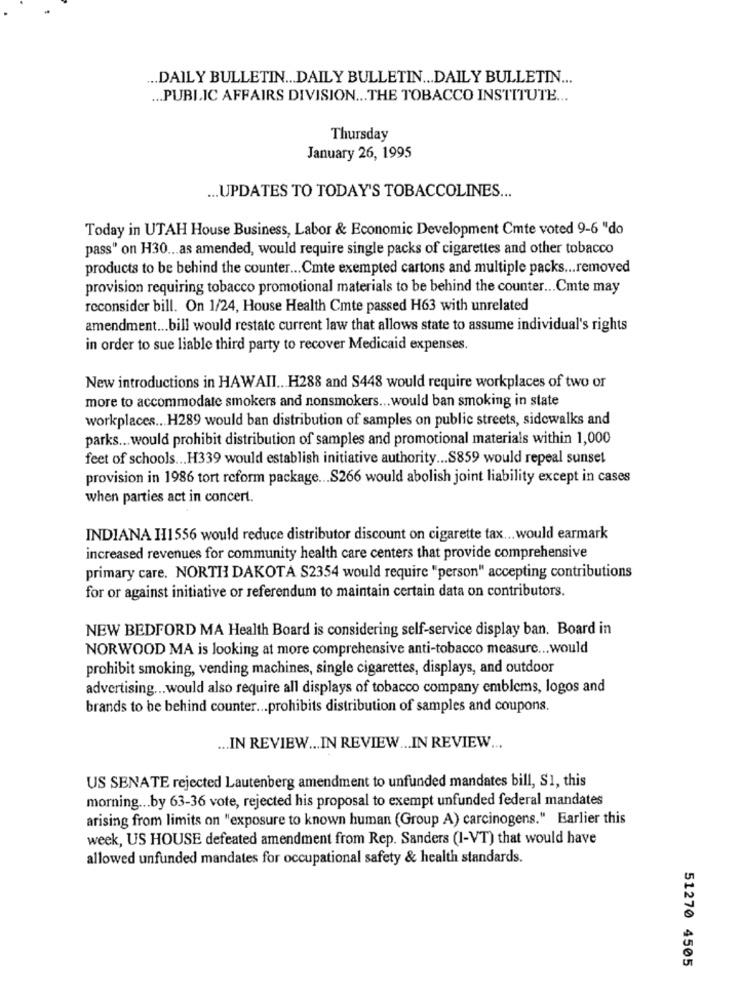
... DAILY BULLETIN ... DAILY BULLETIN ... DAILY BULLETIN ...
... PUBLIC AFFAIRS DIVISION ... THE TOBACCO INSTITUTE ...
Thursday
January 26, 1995
... UPDATES TO TODAY'S TOBACCOLINES ...
Today in UTAH House Business, Labor & Economic Development Cmte voted 9-6 "do
pass" on H30 ... as amended, would require single packs of cigarettes and other tobacco
products to be behind the counter ... Cmte exempted cartons and multiple packs ... removed
provision requiring tobacco promotional materials to be behind the counter ... Cmte may
reconsider bill. On 1/24, House Health Cmte passed H63 with unrelated
amendment ... bill would restate current law that allows state to assume individual's rights
in order to sue liable third party to recover Medicaid expenses.
New introductions in HAWAII ... H288 and S448 would require workplaces of two or
more to accommodate smokers and nonsmokers ... would ban smoking in state
workplaces ... H289 would ban distribution of samples on public streets, sidewalks and
parks ... would prohibit distribution of samples and promotional materials within 1,000
feet of schools ... H339 would establish initiative authority ... S859 would repeal sunset
provision in 1986 tort reform package ... S266 would abolish joint liability except in cases
when parties act in concert.
INDIANA I11556 would reduce distributor discount on cigarette tax ... would earmark
increased revenues for community health care centers that provide comprehensive
primary care. NORTH DAKOTA S2354 would require "person" accepting contributions
for or against initiative or referendum to maintain certain data on contributors.
NEW BEDFORD MA Health Board is considering self-service display ban. Board in
NORWOOD MA is looking at more comprehensive anti-tobacco measure ... would
prohibit smoking, vending machines, single cigarettes, displays, and outdoor
advertising ... would also require all displays of tobacco company emblems, logos and
brands to be behind counter ... prohibits distribution of samples and coupons.
... IN REVIEW ... IN REVIEW ... IN REVIEW ...
US SENATE rejected Lautenberg amendment to unfunded mandates bill, S1, this
morning ... by 63-36 vote, rejected his proposal to exempt unfunded federal mandates
arising from limits on "exposure to known human (Group A) carcinogens." Earlier this
week, US HOUSE defeated amendment from Rep. Sanders (I-VT) that would have
allowed unfunded mandates for occupational safety & health standards.
51270 4505